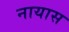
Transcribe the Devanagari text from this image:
नायास